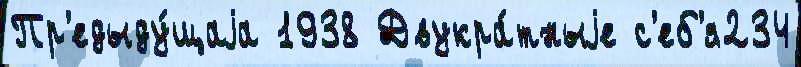
Пр'едыду́щаjа 1938 Двукра́тныjе с'еб'я234